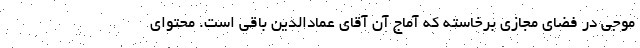
موجی در فضای مجازی برخاسته که آماج آن آقای عمادالدین باقی است. محتوای